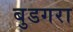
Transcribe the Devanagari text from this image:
बुडगरा